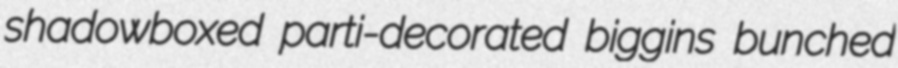
shadowboxed parti-decorated biggins bunched